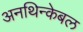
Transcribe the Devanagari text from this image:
अनथिन्केबल